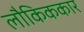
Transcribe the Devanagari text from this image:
लौकिककार